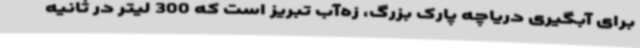
برای آبگیری دریاچه پارک بزرگ، زه‌آب تبریز است که 300 لیتر در ثانیه